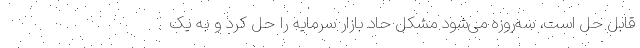
قابل حل است، سه‌روزه می‌شود مشکل حاد بازار سرمایه را حل کرد و به یک